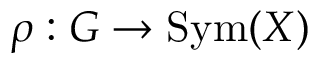
\rho : G \to \operatorname { S y m } ( X )